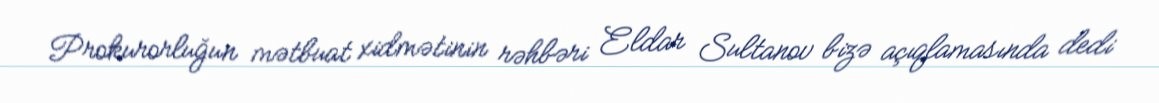
Prokurorluğun mətbuat xidmətinin rəhbəri Eldar Sultanov bizə açıqlamasında dedi